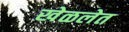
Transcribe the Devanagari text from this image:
खेळलेत